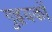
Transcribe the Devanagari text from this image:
गुहृयकों